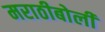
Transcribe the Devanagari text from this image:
मराठीबोली